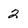
Character: 2